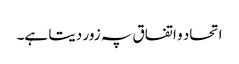
اتحاد و اتفاق پہ زور دیتا ہے۔